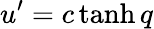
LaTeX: u^{\prime}=c\operatorname{tanh}q